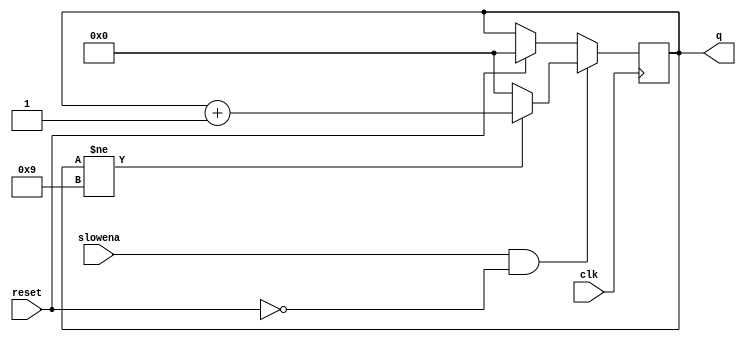
module top_module (
    input wire       clk,
    input wire       reset,
    input wire       slowena,
    output reg [3:0] q
    );
       
    always @(posedge clk)
    begin
        if (slowena & ~reset)
        begin
            if (q != 4'd9) q <= q + 1'b1;
            else       	   q <= 1'b0;
        end
        else if (reset)
            q <= 1'b0;
    end
        
endmodule